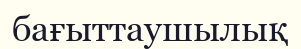
бағыттаушылық